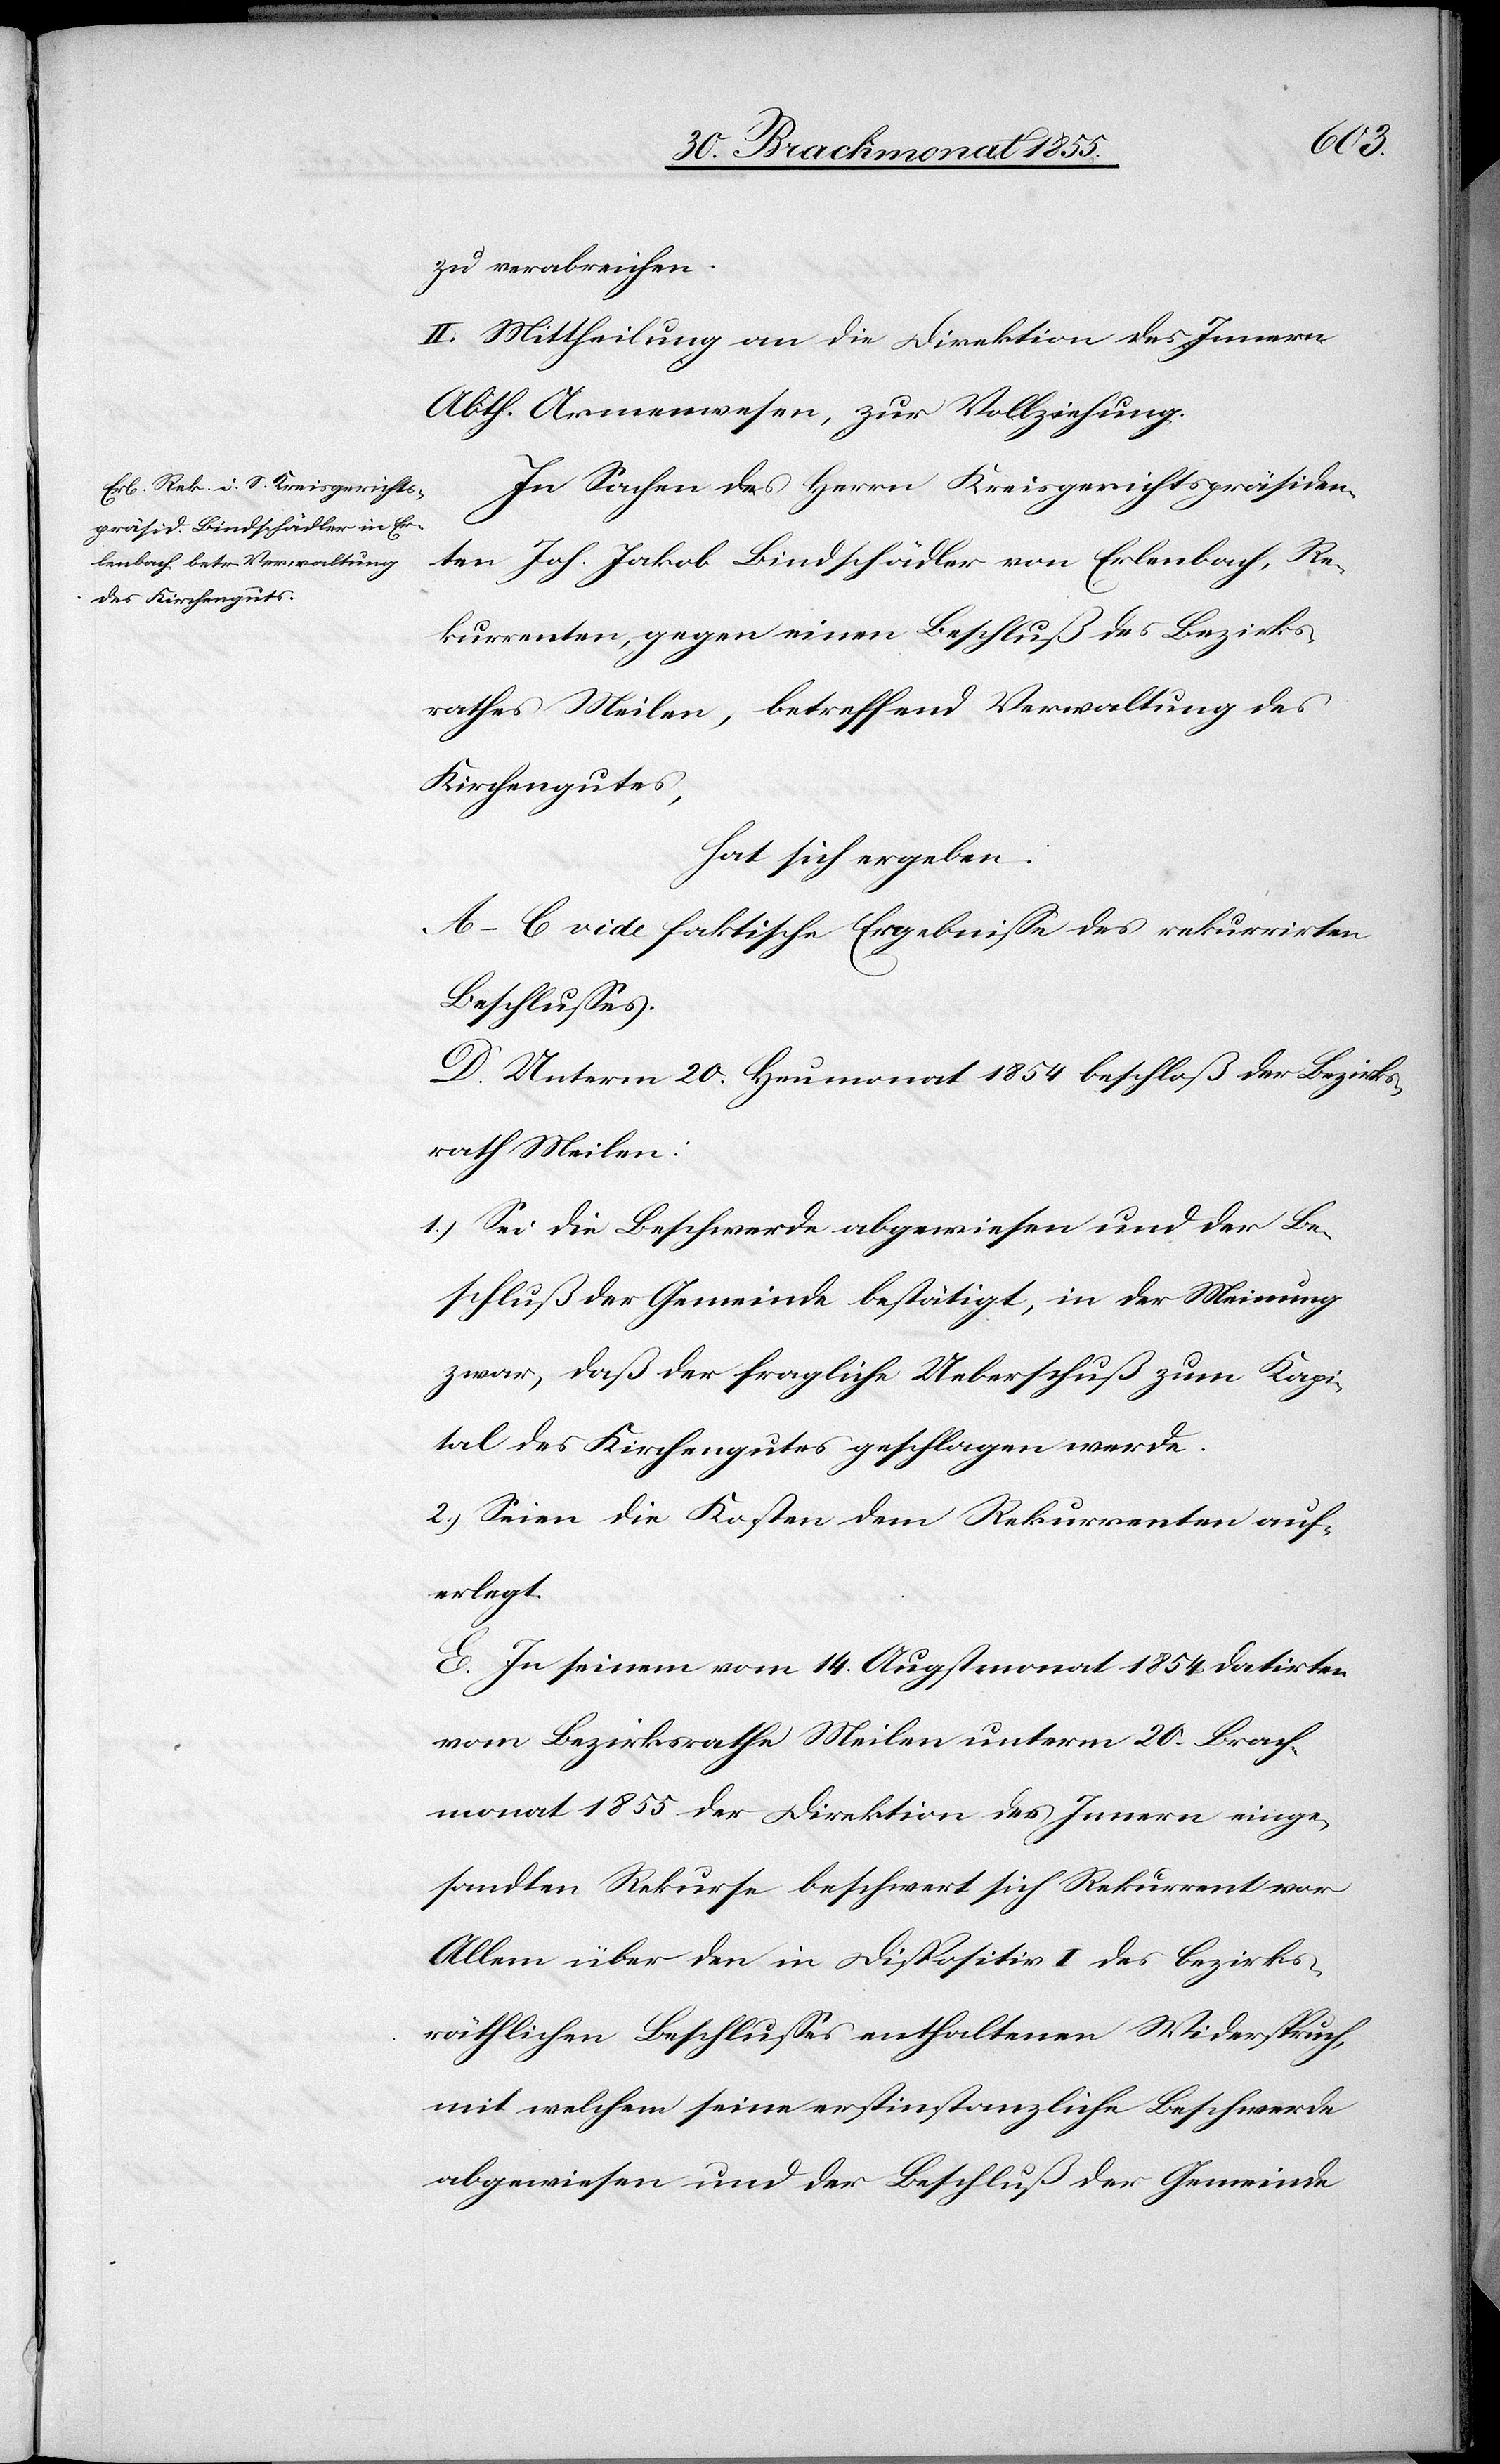
zu verabreichen.
II. Mittheilung an die Direktion des Innern
Abth. Armenwesen, zur Vollziehung.
In Sachen des Herrn Kreisgerichtspräsiden¬
ten Joh. Jakob Bindschädler von Erlenbach, Re¬
kurrenten, gegen einen Beschluß des Bezirks¬
rathes Meilen, betreffend Verwaltung des
Kirchengutes,
hat sich ergeben:
A–C vide faktische Ergebnisse des rekurrirten
Beschlusses.
D. Unterm 20. Heumonat 1854 beschloß der Bezirks¬
rath Meilen:
1.) Sei die Beschwerde abgewiesen und der Be¬
schluß der Gemeinde bestätigt, in der Meinung
zwar, daß der fragliche Ueberschuß zum Kapi¬
tal des Kirchengutes geschlagen werde.
2.) Seien die Kosten dem Rekurrenten auf¬
erlegt.
E. In seinem vom 14. Augstmonat 1854 datirten
vom Bezirksrathe Meilen unterm 20. Brach¬
monat 1855 der Direktion des Innern einge¬
sandten Rekurse beschwert sich Rekurrent vor
Allem über den in Dispositiv I des bezirks¬
räthlichen Beschlusses enthaltenen Widerspruch,
mit welchem seine erstinstanzliche Beschwerde
abgewiesen und der Beschluß der Gemeinde